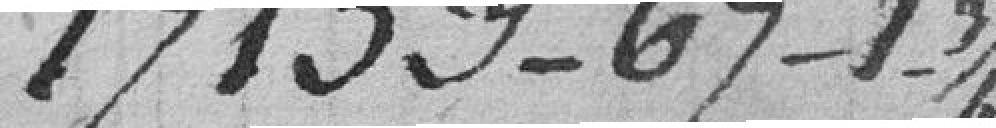
17159-69-1-3/4